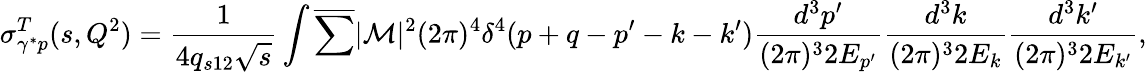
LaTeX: \sigma_{\gamma^{*}p}^{T}(s,Q^{2})=\frac{1}{4q_{s12}\sqrt{s}}\int\overline{{{\sum}}}|{\cal M}|^{2}(2\pi)^{4}\delta^{4}(p+q-p^{\prime}-k-k^{\prime})\frac{d^{3}p^{\prime}}{(2\pi)^{3}2E_{p^{\prime}}}\frac{d^{3}k}{(2\pi)^{3}2E_{k}}\frac{d^{3}k^{\prime}}{(2\pi)^{3}2E_{k^{\prime}}},